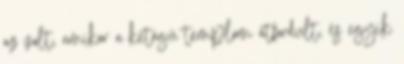
az volt, amikor a kétágú templom átfordult, és egyik